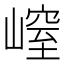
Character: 𡻜